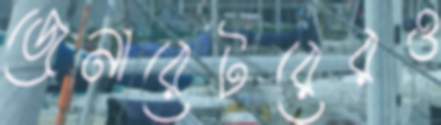
জেনারেটরেরও